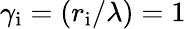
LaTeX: \gamma_{\mathrm{{i}}}=(r_{\mathrm{{i}}}/\lambda)=1